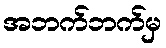
အဘက်ဘက်မှ